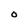
Character: O